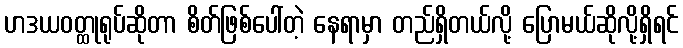
ဟဒယဝတ္ထုရုပ်ဆိုတာ စိတ်ဖြစ်ပေါ်တဲ့ နေရာမှာ တည်ရှိတယ်လို့ ပြောမယ်ဆိုလို့ရှိရင်